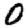
Digit: 0